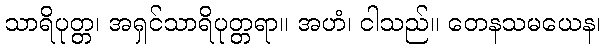
သာရိပုတ္တ၊ အရှင်သာရိပုတ္တရာ။ အဟံ၊ ငါသည်။ တေနသမယေန၊